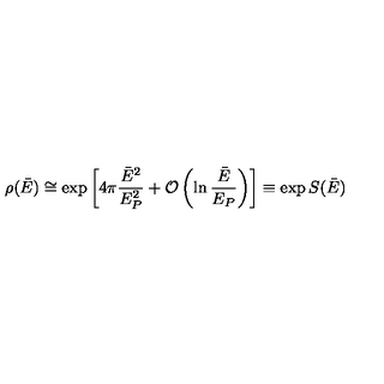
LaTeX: \rho ( \bar { E } ) \cong \exp \left[ 4 \pi { \frac { \bar { E } ^ { 2 } } { E _ { P } ^ { 2 } } } + { \cal O } \left( \ln { \frac { \bar { E } } { E _ { P } } } \right) \right] \equiv \exp S ( \bar { E } )